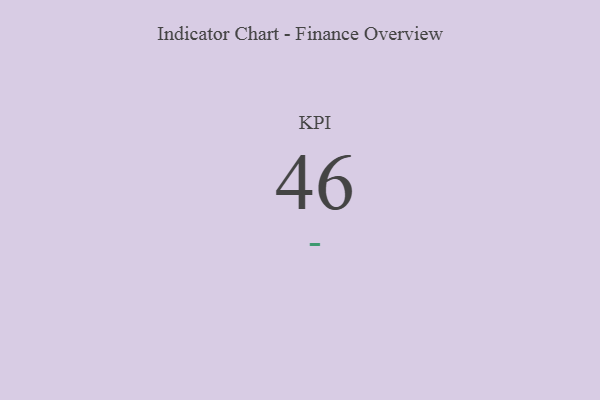
{"axis": {"x": "KPI", "y": "Value"}, "legend": [""], "data": [{"x": "KPI", "y": 46, "type": ""}]}